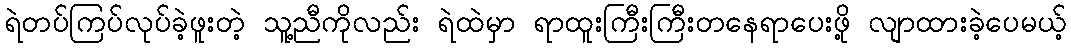
ရဲတပ်ကြပ်လုပ်ခဲ့ဖူးတဲ့ သူ့ညီကိုလည်း ရဲထဲမှာ ရာထူးကြီးကြီးတနေရာပေးဖို့ လျာထားခဲ့ပေမယ့်